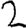
Digit: 2